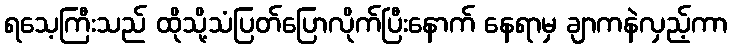
ရသေ့ကြီးသည် ထိုသို့သံပြတ်ပြောလိုက်ပြီးနောက် နေရာမှ ချာကနဲလှည့်ကာ